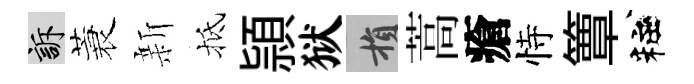
訴蓑新抵頴狱損蒿瘡恃簟粧